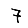
Digit: 7